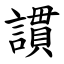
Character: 謴